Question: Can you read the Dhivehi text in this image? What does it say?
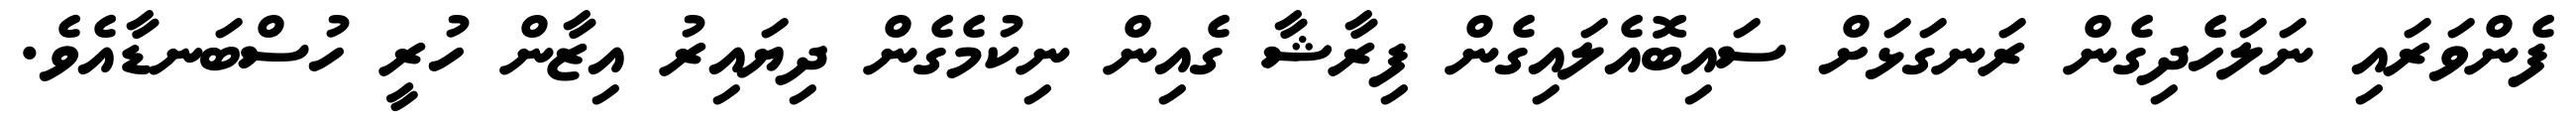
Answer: ފެންވަރައި ނަލަހެދިގެން ރަނގަޅަށް ސައިބޮއެލައިގެން ފިރާޝާ ގެއިން ނިކުމެގެން ދިޔައިރު އިޒާން ހުރީ ހުސްބަނޑާއެވެ.